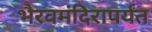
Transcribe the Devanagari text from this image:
भैरवमंदिरापर्यंत